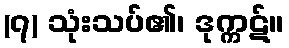
(၇) သုံးသပ်၏၊ ဒုက္ကဋ်။